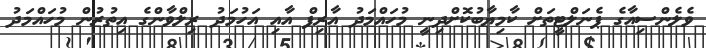
ވެލެންސިއާގެ ޕެނަލްޓީތަށް ކާމިޔާބުކޮށްދިނީ މުހައްމަދު އާރިފް އާއި އަހުމަދު ރިލްވާންގެ އިތުރުން މުހައްމަދު